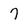
Character: 7